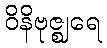
ဝိနိဗုဇ္ဈရေ